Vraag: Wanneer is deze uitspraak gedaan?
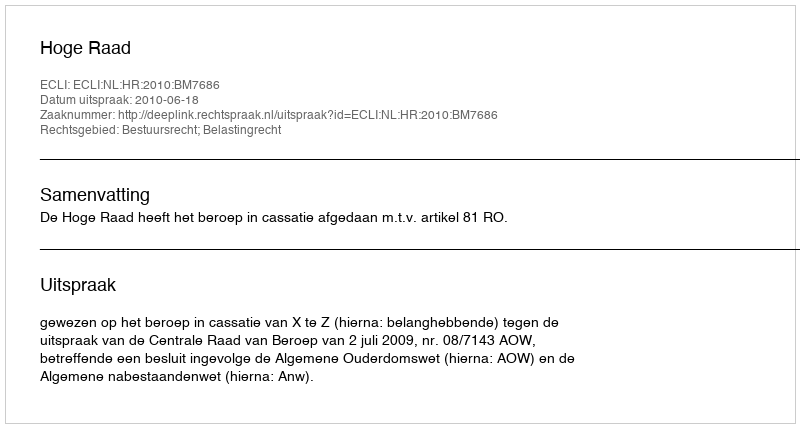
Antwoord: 2010-06-18